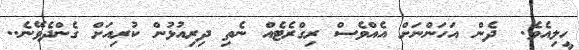
ހީލިއެވެ.  ދެން އަހަންނަށް އެއްވެސް ރިގްރެޓެއް ނެތި ދިރިއުޅުން ކުރިއަށް ގެންދެވޭނެ..